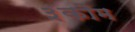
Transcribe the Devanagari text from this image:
३कौम